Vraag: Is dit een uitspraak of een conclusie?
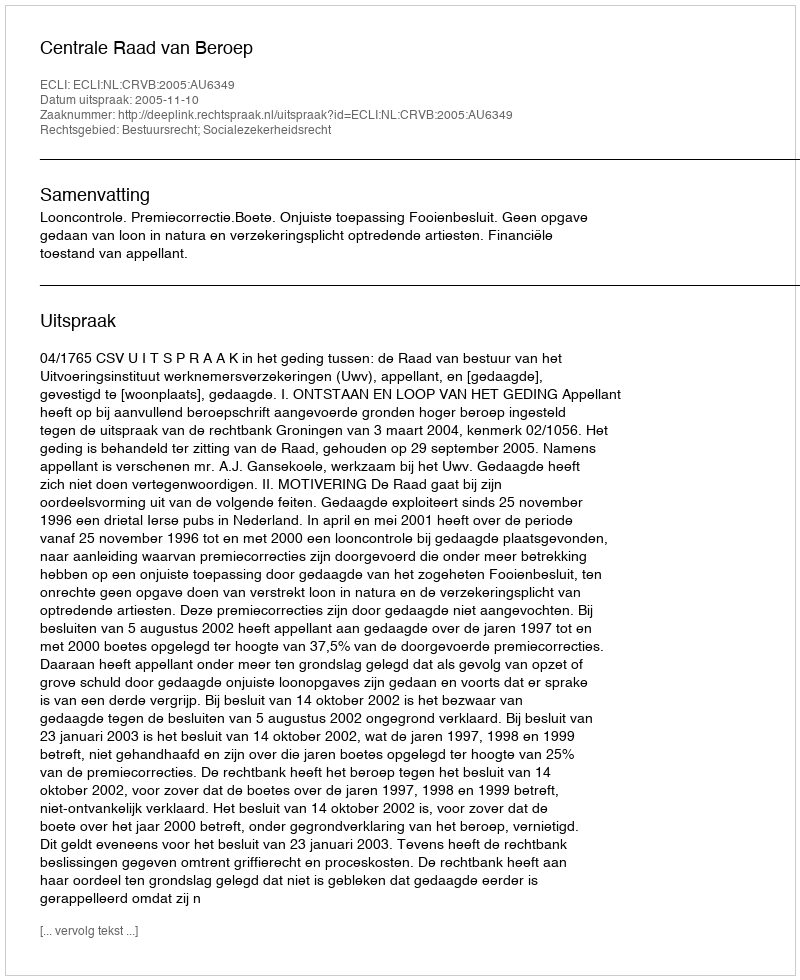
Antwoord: Uitspraak